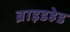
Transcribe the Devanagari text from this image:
ब्राइडहेड